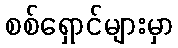
စစ်ရှောင်များမှာ